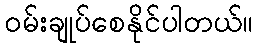
ဝမ်းချုပ်စေနိုင်ပါတယ်။